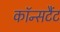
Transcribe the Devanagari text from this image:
कॉन्सटैंट